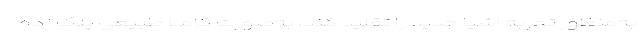
به‌منظور تجربه اشیا جدید را تقلید کند، به‌صورت کاملا طبیعی پلک زده